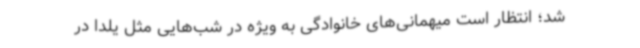
شد؛ انتظار است میهمانی‌های خانوادگی به ویژه در شب‌هایی مثل یلدا در